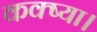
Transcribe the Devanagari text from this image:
कक्ष्या।